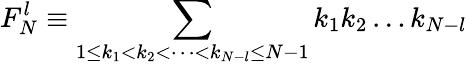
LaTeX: F_{N}^{l}\equiv\sum_{1\leq k_{1}<k_{2}<\dots<k_{N-l}\leq N-1}k_{1}k_{2}\dots k_{N-l}